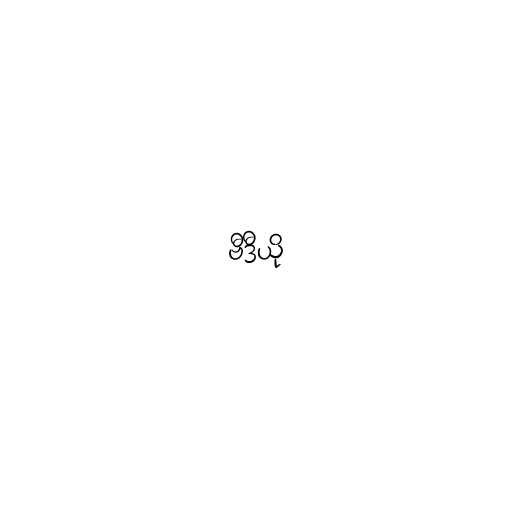
ဗီဒီယို